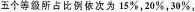
五个等级所占比例依次为\frac{15}{分100}，\frac{20}{100}，\frac{30}{100}，